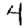
Digit: 4